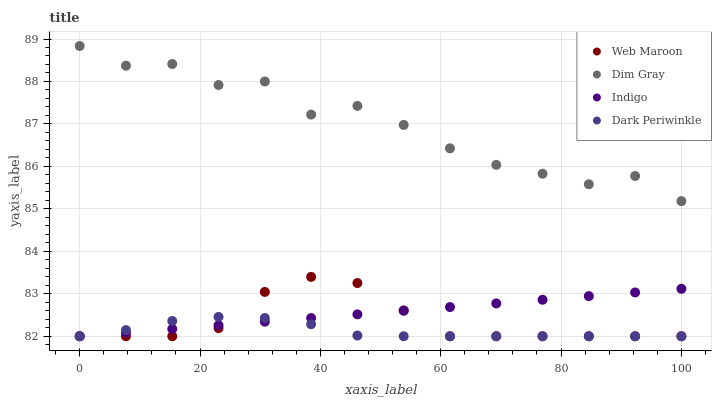
| xaxis_label | Web Maroon | Dim Gray | Indigo | Dark Periwinkle |
 | --- | --- | --- | --- | --- |
 | 0 | 82 | 88.8 | 82 | 82 |
 | 7.69 | 82 | 88.4 | 82.1 | 82.1 |
 | 15.4 | 82 | 88.4 | 82.2 | 82.4 |
 | 23.1 | 82.2 | 87.9 | 82.3 | 82.5 |
 | 30.8 | 83 | 88 | 82.3 | 82.4 |
 | 38.5 | 83.4 | 87.2 | 82.4 | 82.3 |
 | 46.2 | 83.3 | 87.4 | 82.5 | 82 |
 | 53.8 | 82.6 | 87 | 82.6 | 82 |
 | 61.5 | 82 | 86.4 | 82.7 | 82 |
 | 69.2 | 82 | 86 | 82.8 | 82 |
 | 76.9 | 82 | 85.8 | 82.9 | 82 |
 | 84.6 | 82 | 85.6 | 82.9 | 82 |
 | 92.3 | 82 | 85.8 | 83 | 82 |
 | 100 | 82 | 85.2 | 83.1 | 82 |